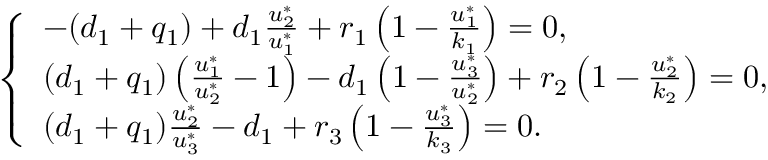
\left\{ \begin{array} { l l } { - ( d _ { 1 } + q _ { 1 } ) + d _ { 1 } \frac { u _ { 2 } ^ { * } } { u _ { 1 } ^ { * } } + r _ { 1 } \left( 1 - \frac { u _ { 1 } ^ { * } } { k _ { 1 } } \right) = 0 , } \\ { ( d _ { 1 } + q _ { 1 } ) \left( \frac { u _ { 1 } ^ { * } } { u _ { 2 } ^ { * } } - 1 \right) - d _ { 1 } \left( 1 - \frac { u _ { 3 } ^ { * } } { u _ { 2 } ^ { * } } \right) + r _ { 2 } \left( 1 - \frac { u _ { 2 } ^ { * } } { k _ { 2 } } \right) = 0 , } \\ { ( d _ { 1 } + q _ { 1 } ) \frac { u _ { 2 } ^ { * } } { u _ { 3 } ^ { * } } - d _ { 1 } + r _ { 3 } \left( 1 - \frac { u _ { 3 } ^ { * } } { k _ { 3 } } \right) = 0 . } \end{array} \right.